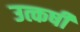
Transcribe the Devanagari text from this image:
उत्कर्षी